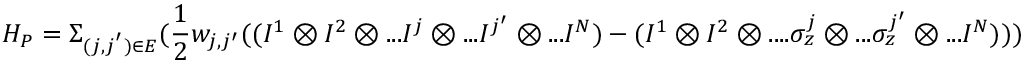
H _ { P } = \Sigma _ { ( j , j ^ { ' } ) \in E } ( \frac { 1 } { 2 } w _ { j , j ^ { \prime } } ( ( I ^ { 1 } \otimes I ^ { 2 } \otimes . . . I ^ { j } \otimes . . . I ^ { j ^ { \prime } } \otimes . . . I ^ { N } ) - ( I ^ { 1 } \otimes I ^ { 2 } \otimes . . . . \sigma _ { z } ^ { j } \otimes . . . \sigma _ { z } ^ { j ^ { \prime } } \otimes . . . I ^ { N } ) ) )